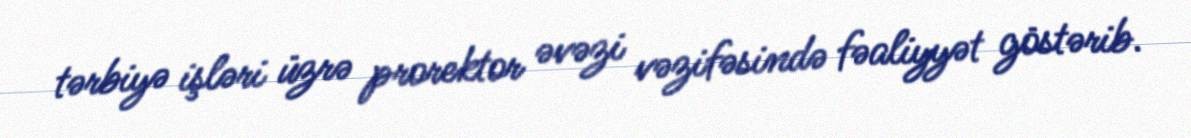
tərbiyə işləri üzrə prorektor əvəzi vəzifəsində fəaliyyət göstərib.